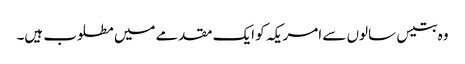
وہ بتیس سالوں سے امریکہ کو ایک مقدمے میں مطلوب ہیں۔